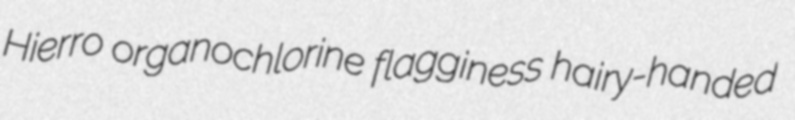
Hierro organochlorine flagginess hairy-handed